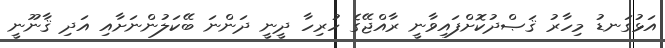
އަޅުގަނޑު މިހާރު ޤަޞްދުކޮށްފައިވާނީ ރާއްޖޭގެ ހުރިހާ ދީނީ ދަންނަ ބޭކަލުންނަށާއި އަދި ޤާނޫނީ